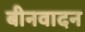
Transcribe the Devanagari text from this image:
बीनवादन